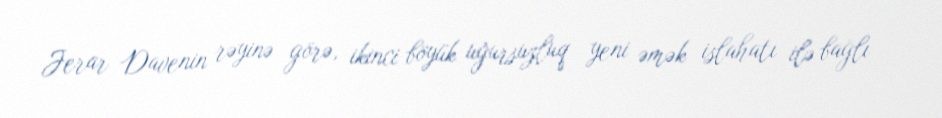
Jerar Davenin rəyinə görə, ikinci böyük uğursuzluq yeni əmək islahatı ilə bağlı